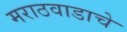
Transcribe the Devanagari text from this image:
मराठवाडाचे